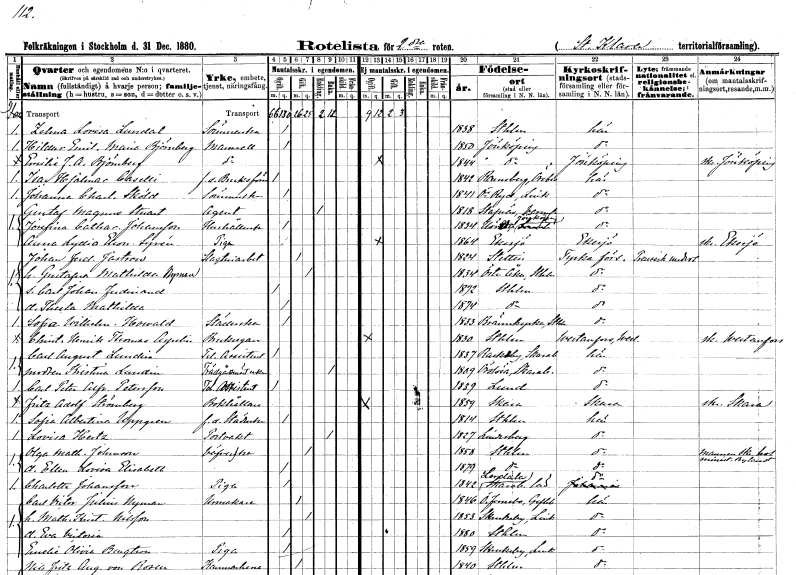
gt_parse: households: individuals: FN: Zelma Lovisa
EN: Lundal
YRKE: Sömmerska
KON: K
CIV: O
FODAR: 1838
FODFORS: Stockholm
FN: Hildur Emilia Maria
EN: Björnberg
KON: K
CIV: O
FODAR: 1850
FODFORS: Jönköping Jönköpings län
FN: Emilie J. A.
EN: Björnberg
KON: K
CIV: O
FODAR: 1844
FODFORS: Jönköping Jönköpings län
FN: Isac Hjalmar
EN: Caselli
YRKE: Bruksförman f.d.
KON: M
CIV: O
FODAR: 1842
FODFORS: Ramsberg Örebro län
FN: Johanna Charlotta
EN: Sköld
YRKE: Sömmerska
KON: K
CIV: O
FODAR: 1841
FODFORS: Östra Ryd Östergötlands län
FN: Gustaf Magnus
EN: Stuart
YRKE: Agent
KON: M
CIV: E
FODAR: 1818
FODFORS: Stavnäs Värmlands län
FN: Josefina Catharina
EN: Johansson
YRKE: Hushållerska
KON: K
CIV: O
FODAR: 1834
FODFORS: Höreda Jönköpings län
FN: Anna Lydia Eleonora
EN: Syrén
YRKE: Piga
KON: K
CIV: O
FODAR: 1864
FODFORS: Eksjö Jönköpings län
FN: Johan Ferdinand
EN: Jastrow
YRKE: Slakteriarbetare
KON: M
CIV: G
FODAR: 1824
FN: Gustafva Mathilda
EN: Nyman
KON: K
CIV: G
FODAR: 1834
FODFORS: Österåker Stockholms län
FN: Carl Johan Ferdinand
KON: M
CIV: O
FODAR: 1872
FODFORS: Stockholm
FN: Thecla Mathilda
KON: K
CIV: O
FODAR: 1874
FODFORS: Stockholm
FN: Sofia Wilhelmina
EN: Howald
YRKE: Städerska
KON: K
CIV: O
FODAR: 1833
FODFORS: Brännkyrka Stockholms län
FN: Christian Henrik Tomas
EN: Aspelin
YRKE: Bruksägare
KON: M
CIV: O
FODAR: 1830
FODFORS: Stockholm
FN: Carl August
EN: Lundin
YRKE: Telegrafassistent
KON: M
CIV: O
FODAR: 1837
FODFORS: Rackeby Skaraborgs län
FN: Kristina
EN: Lundin
YRKE: Trädgårdsmästareänka
KON: K
CIV: E
FODAR: 1809
FODFORS: Örslösa Skaraborgs län
FN: Carl Peter Alfred
EN: Petersson
YRKE: Telegrafassistent
KON: M
CIV: O
FODAR: 1839
FODFORS: Lund Malmöhus län
FN: Fritz Adolf
EN: Strömberg
YRKE: Bokhållare
KON: M
CIV: O
FODAR: 1859
FODFORS: Skara Skaraborgs län
FN: Sofia Albertina
EN: Uppgren
YRKE: Städerska f.d.
KON: K
CIV: O
FODAR: 1814
FODFORS: Stockholm
FN: Lovisa
EN: Hertz
YRKE: Portvakt
KON: K
CIV: E
FODAR: 1827
FODFORS: Lindesberg Örebro län
FN: Olga Mathilda
EN: Johnsson
YRKE: Väverska
KON: K
CIV: G
FODAR: 1858
FODFORS: Stockholm
FN: Ellen Lovisa Elisabeth
KON: K
CIV: O
FODAR: 1879
FODFORS: Stockholm
FN: Charlotta
EN: Johansson
YRKE: Piga
KON: K
CIV: O
FODAR: 1842
FODFORS: Lerdala Skaraborgs län
FN: Carl Victor Julius
EN: Nyman
YRKE: Urmakare
KON: M
CIV: G
FODAR: 1846
FODFORS: Österfärnebo Gävleborgs län
FN: Mathilda Kristina
EN: Nilsson
KON: K
CIV: G
FODAR: 1853
FODFORS: Skrukeby Östergötlands län
FN: Eva Victoria
KON: K
CIV: O
FODAR: 1880
FODFORS: Stockholm
FN: Emelie Olivia
EN: Bengtson
YRKE: Piga
KON: K
CIV: O
FODAR: 1859
FODFORS: Skrukeby Östergötlands län